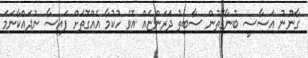
ގާނޫނު އަސާސީ ބުނާގޮތުން ސާބިތު ދަރަންޏެއް އޮވެ ހުކުމާ އެއްގޮތަށް ފައިސާ ނުދައްކާނަމަ